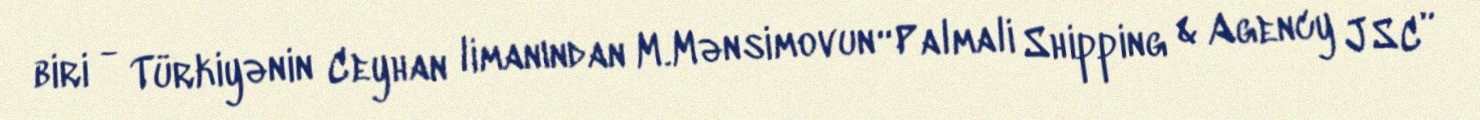
biri - Türkiyənin Ceyhan limanından M.Mənsimovun “Palmali Shipping & Agency JSC”